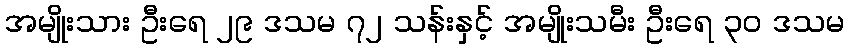
အမျိုးသား ဦးရေ ၂၉ ဒသမ ၇၂ သန်းနှင့် အမျိုးသမီး ဦးရေ ၃၀ ဒသမ